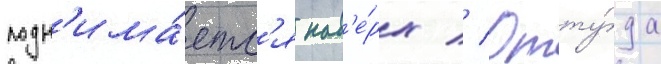
подн'има́етс'я нав'е́рх // Отту́да